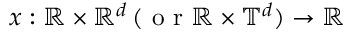
x : \mathbb { R } \times \mathbb { R } ^ { d } \, ( \mathrm { ~ o ~ r ~ } \mathbb { R } \times \mathbb { T } ^ { d } ) \to \mathbb { R }